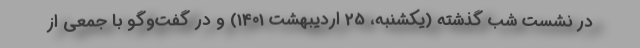
در نشست شب گذشته (یكشنبه، 25 اردیبهشت 1401) و در گفت‌وگو با جمعی از